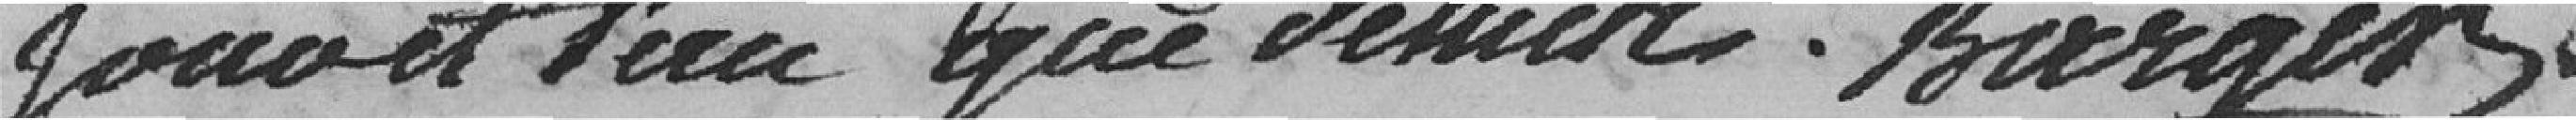
jour et an que devant Burger